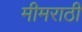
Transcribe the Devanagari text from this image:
मीमराठी